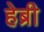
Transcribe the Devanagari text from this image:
हेब्री